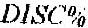
DISC%